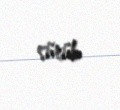
sürüb.